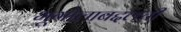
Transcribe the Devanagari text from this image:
भूगोलाबद्दलची